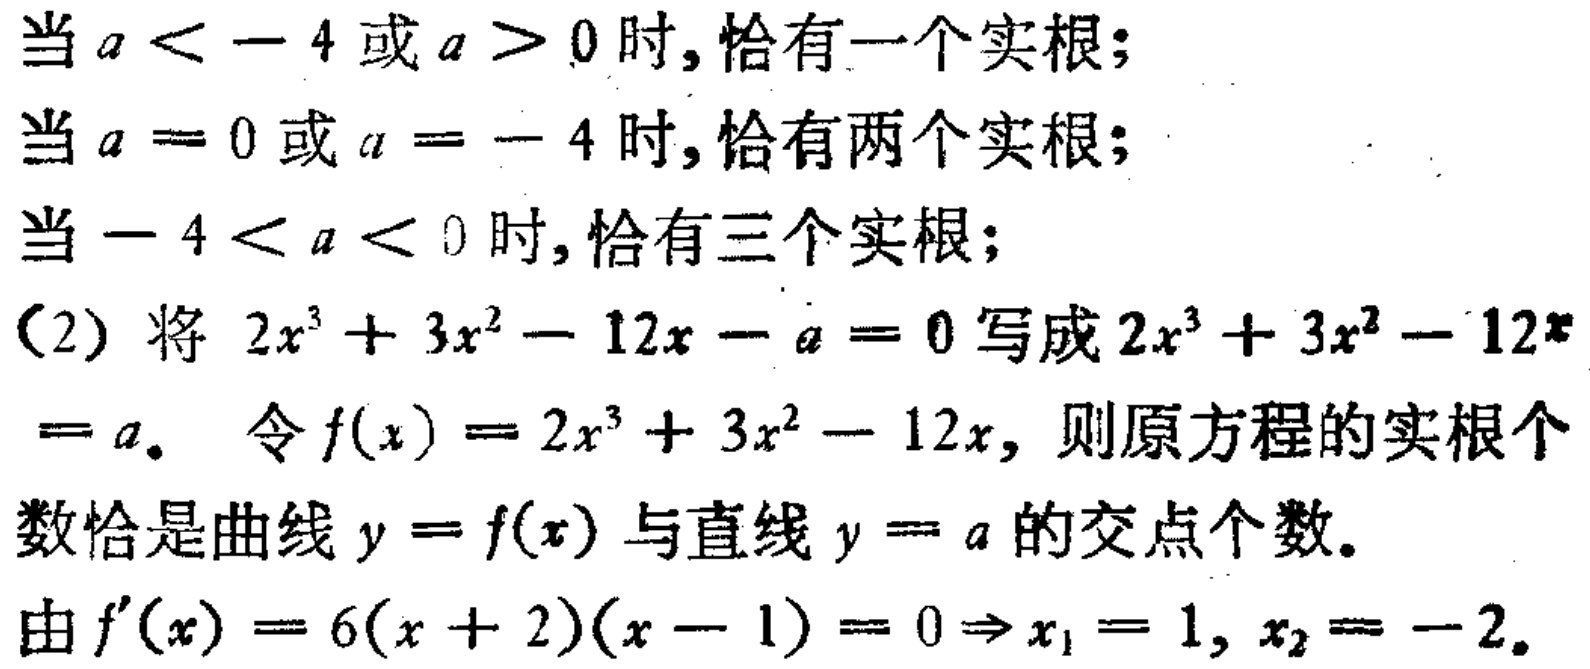
当 \(a < - 4\) 或 \(a > 0\) 时, 恰有一个实根;
当 \(a = 0\) 或 \(a = - 4\) 时, 恰有两个实根;
当 \(- 4 < a < 0\) 时, 恰有三个实根;
(2) 将 \(2x^{3}+3x^{2}-12x - a = 0\) 写成 \(2x^{3}+3x^{2}-12x=a\). 令 \(f(x)=2x^{3}+3x^{2}-12x\), 则原方程的实根个
数恰是曲线 \(y = f(x)\) 与直线 \(y = a\) 的交点个数.
由 \(f^{\prime}(x)=6(x + 2)(x - 1)=0\Rightarrow x_{1}=1,x_{2}=-2\).